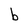
Character: b